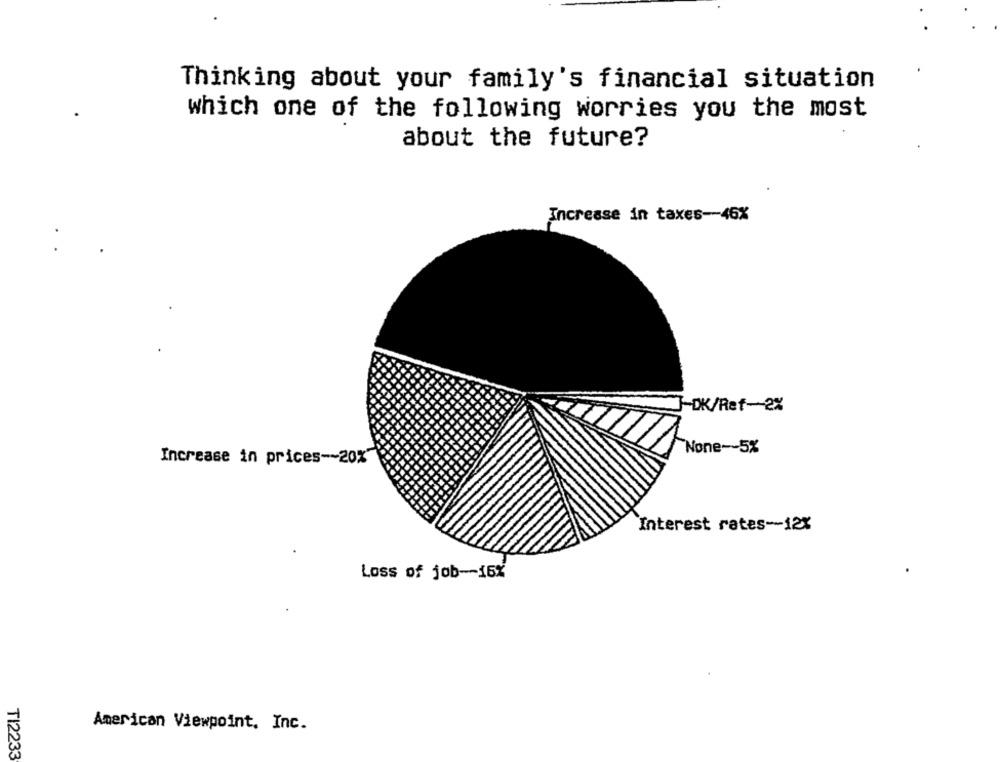
Thinking about your family's financial situation
which one of the following worries you the most
about the future?
Increase in taxes -- 46%
.
J-DK/Ref-2%
None -- 5%
Increase in prices -~ 20%
Interest rates -- 12%
Loss of job -- 16%
American Viewpoint, Inc.
TI2233